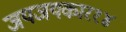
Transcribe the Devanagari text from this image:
जयजयकार१४